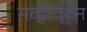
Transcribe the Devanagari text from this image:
सर्व्हरवरून